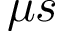
\mu s